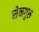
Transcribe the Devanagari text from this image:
सेनगुरु